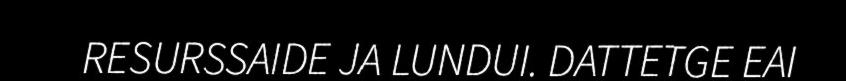
RESURSSAIDE JA LUNDUI. DATTETGE EAI